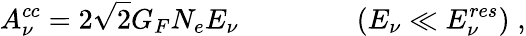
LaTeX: A_{\nu}^{cc}=2\sqrt{2}G_{F}N_{e}E_{\nu}\; \; \; \; \; \; \; \; \; \; \; \; \; \; \; (E_{\nu}\ll E_{\nu}^{res})\; ,